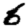
Digit: 6